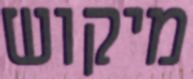
מיקוש